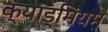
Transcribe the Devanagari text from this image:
क्याड्मियम